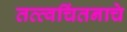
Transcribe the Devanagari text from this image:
तत्त्वचिंतनाचे